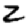
Digit: 2